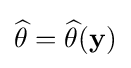
{\widehat {\theta }}={\widehat {\theta }}(\mathbf {y} )